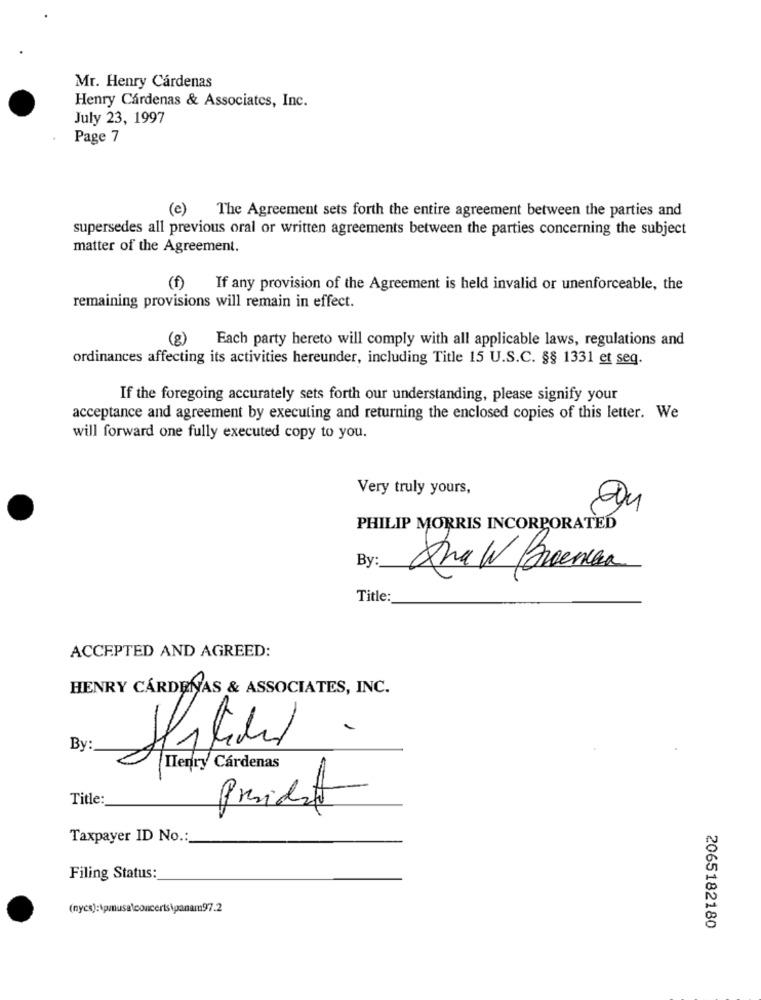
Mr. Henry Cárdenas
Henry Cárdenas & Associates, Inc.
July 23, 1997
Page 7
(e) The Agreement sets forth the entire agreement between the parties and
supersedes all previous oral or written agreements between the parties concerning the subject
matter of the Agreement.
(f)
If any provision of the Agreement is held invalid or unenforceable, the
remaining provisions will remain in effect.
(g) Each party hereto will comply with all applicable laws, regulations and
ordinances affecting its activities hereunder, including Title 15 U.S.C. §§ 1331 et seq.
If the foregoing accurately sets forth our understanding, please signify your
acceptance and agreement by executing and returning the enclosed copies of this letter. We
will forward one fully executed copy to you.
Very truly yours,
PHILIP MORRIS INCORPORATED
By
Ana W Premier
Title:
ACCEPTED AND AGREED:
HENRY CÁRDENAS & ASSOCIATES, INC.
By:
Henry Cardenas
Title:
President
Taxpayer ID No .:
Filing Status:
(nycs):\pmusa\concerts\panam97.2
2065182180